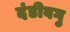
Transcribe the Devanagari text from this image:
दंडीवगु